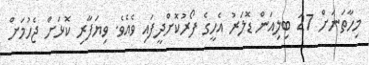
މިހާތަނަށް 27 ބިލިއަން ޑޮލަރު އެހީގެ ފޯރުކޮށްދީފައި ވެއެވެ. ވިޔަފާރި ކޮޅަށް ޖެހުމަށް